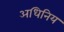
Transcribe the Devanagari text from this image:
अधिनिय